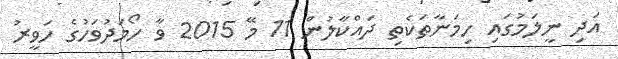
އަދި ނީލަމުގައި ހިމަނާތަކެތި ދައްކާލުން 11 މޭ 2015 ވާ ހޯމަދުވަހުގެ ހަވީރު